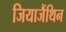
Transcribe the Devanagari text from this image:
जियाजैंथिन